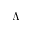
\boldsymbol { \Lambda }